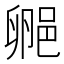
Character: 𬪁